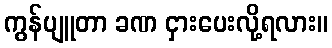
ကွန်ပျူတာ ခဏ ငှားပေးလို့ရလား။